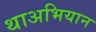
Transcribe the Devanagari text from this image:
थाअभियान